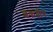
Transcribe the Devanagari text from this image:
शकद्वीप